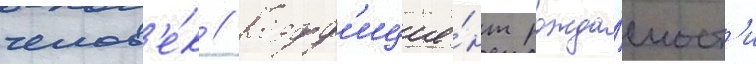
челов'е́к // Коэфф'ицие́нт рожда́емост'и